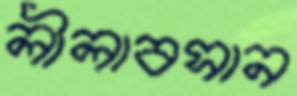
লীলাবসান